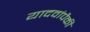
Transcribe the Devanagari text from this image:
यादवांपैकी